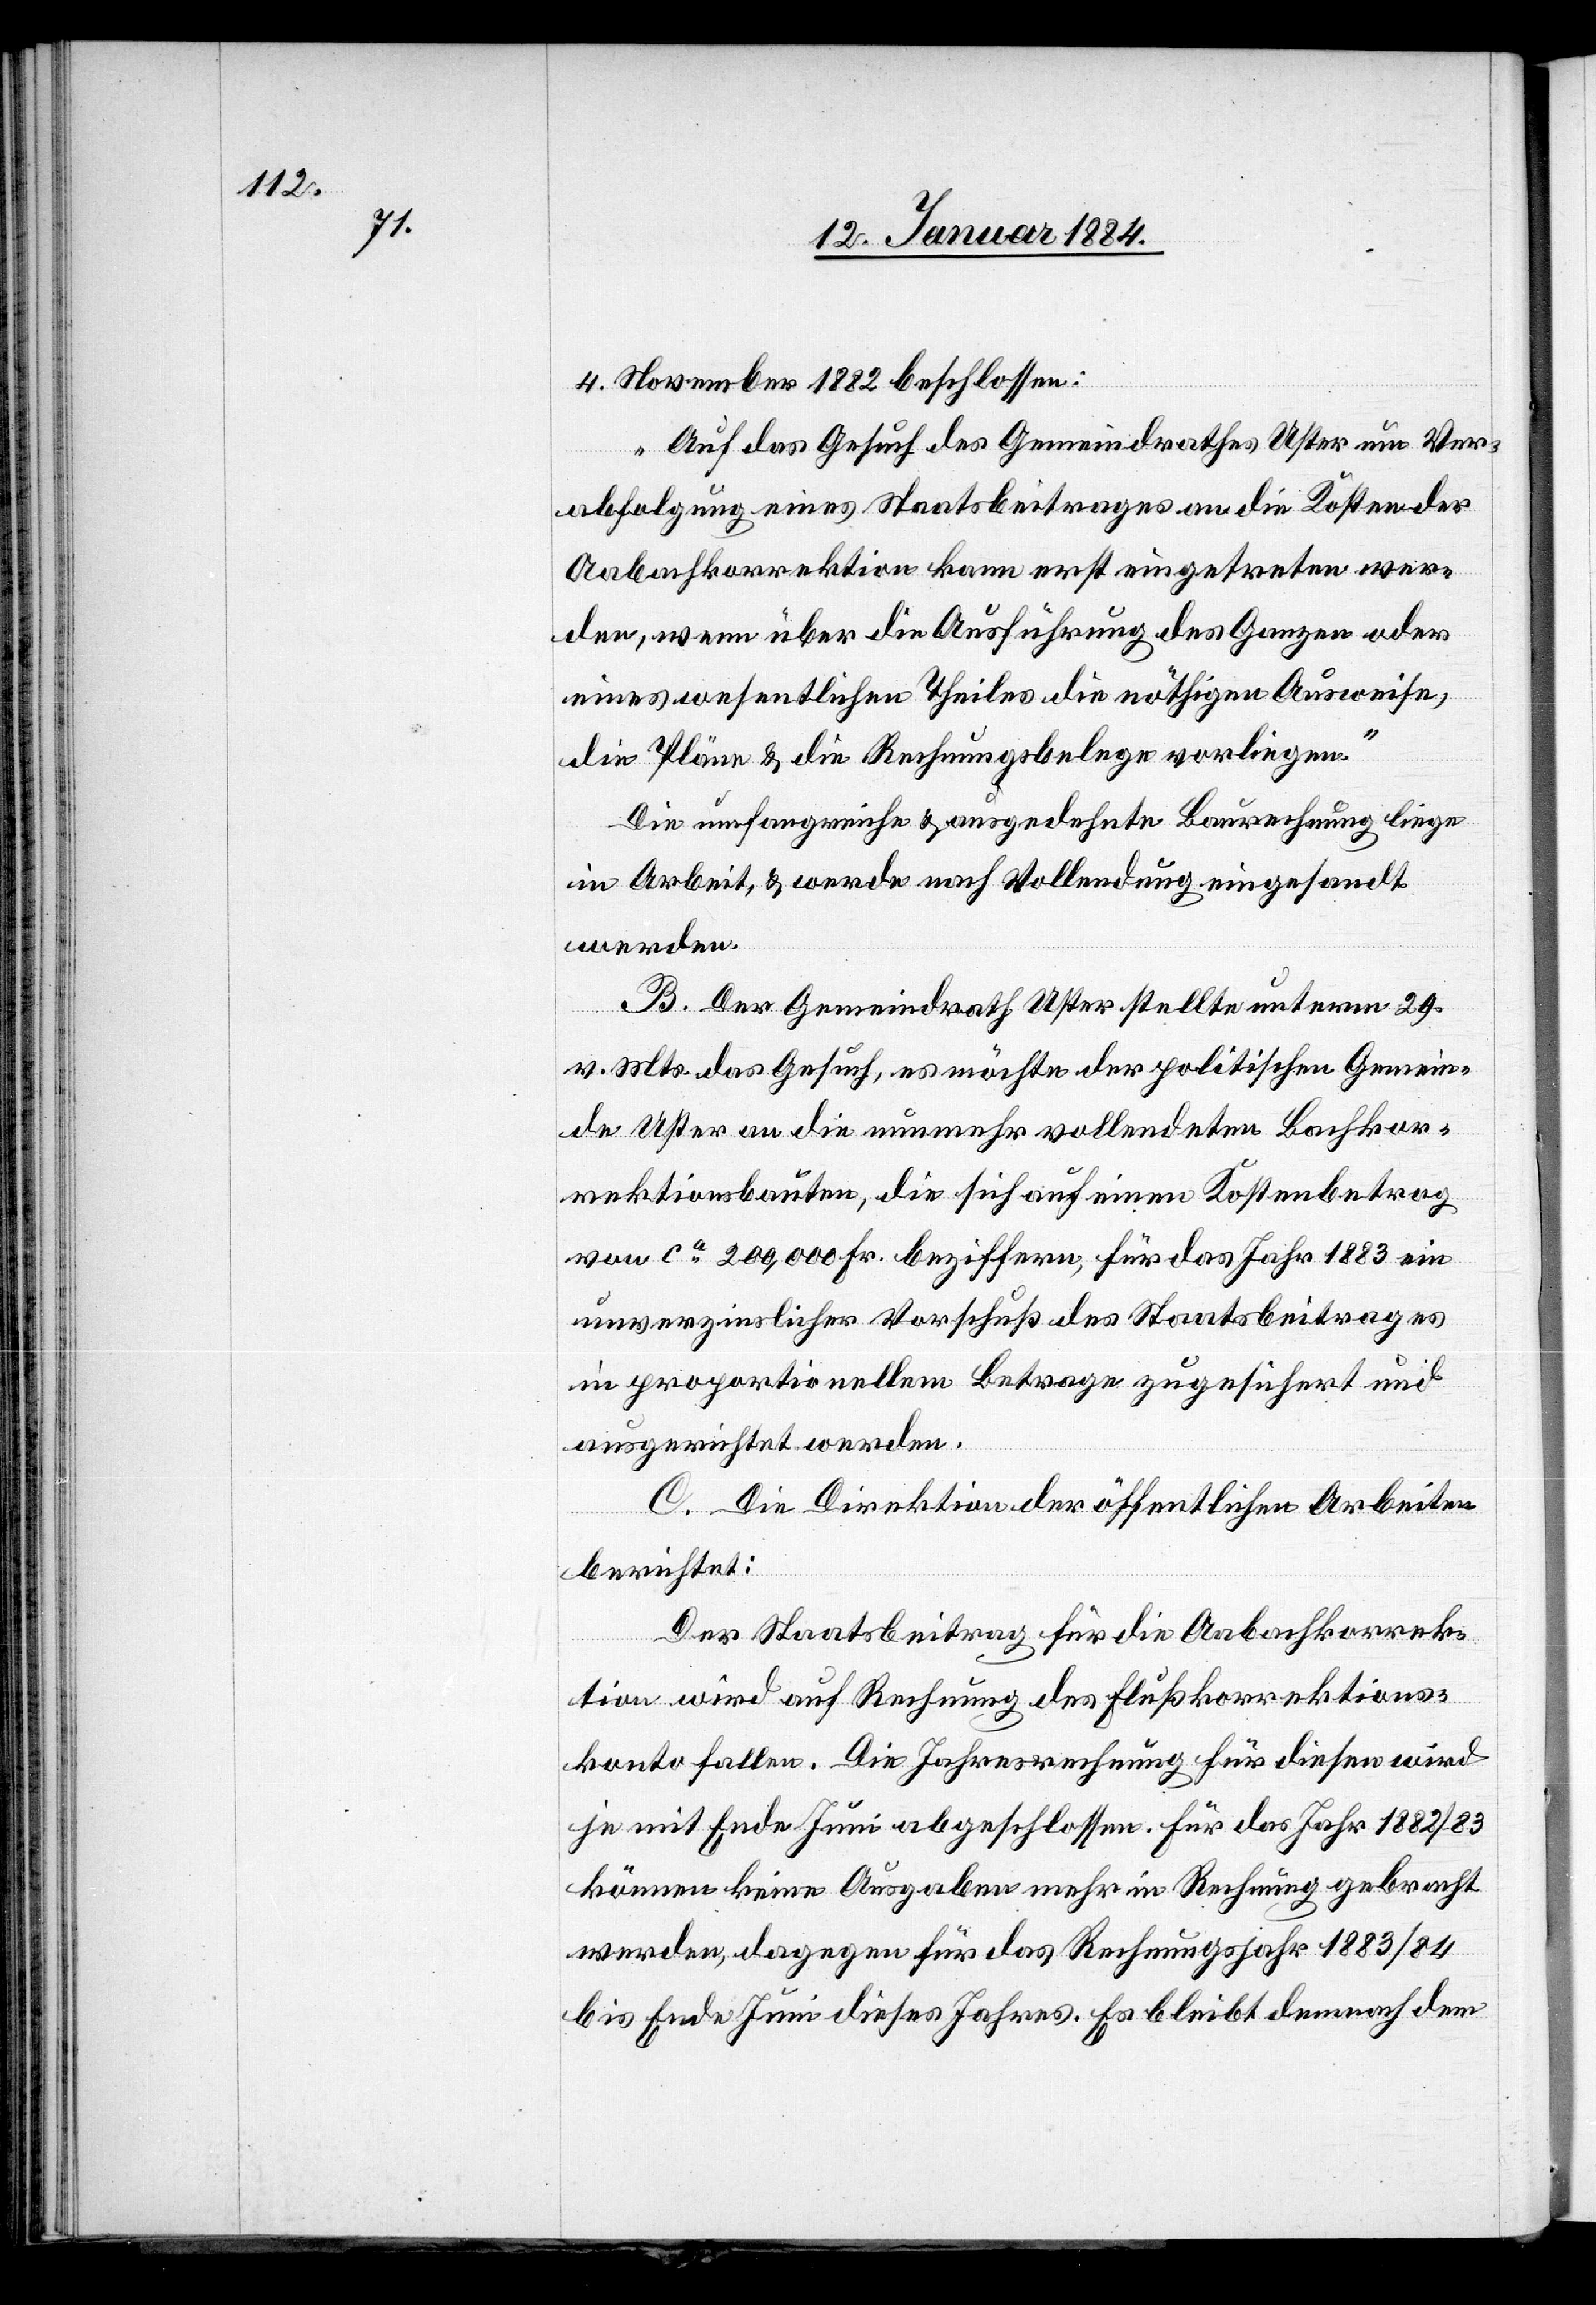
4. November 1882 beschlossen:
„Auf das Gesuch des Gemeindrathes Uster um Ver¬
abfolgung eines Staatsbeitrages an die Kosten der
Aabachkorrektion kann erst eingetreten wer¬
den, wenn über die Ausführung des Ganzen oder
eines wesentlichen Theiles die nöthigen Ausweise,
die Pläne & die Rechnungsbelege vorliegen.“
Die umfangreiche & ausgedehnte Baurechnung liege
in Arbeit, & werde nach Vollendung eingesandt
werden.
B. Der Gemeindrath Uster stellte unterm 29.
v. Mts. das Gesuch, es möchte der politischen Gemein¬
de Uster an die nunmehr vollendeten Bachkor¬
rektionsbauten, die sich auf einen Kostenbetrag
von ca 200,000 Fr. beziffern, für das Jahr 1883 ein
unverzinslicher Vorschuß des Staatsbeitrages
in proportionalem Betrage zugeführt und
ausgerichtet werden.
C. Die Direktion der öffentlichen Arbeiten
berichtet:
Der Staatsbeitrag für die Aabachkorrek¬
tion wird auf Rechnung des Flußkorrektions¬
konto fallen. Die Jahresrechnung für diesen wird
je mit Ende Juni abgeschlossen. Für das Jahr 1882/83
können keine Ausgaben mehr in Rechnung gebracht
werden, dagegen für das Rechnungsjahr 1883/84
bis Ende Juni dieses Jahres. Es bleibt demnach dem